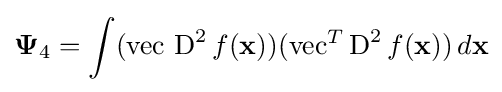
\mathbf {\Psi } _{4}=\int (\operatorname {vec} \,\operatorname {D} ^{2}f(\mathbf {x} ))(\operatorname {vec} ^{T}\operatorname {D} ^{2}f(\mathbf {x} ))\,d\mathbf {x}